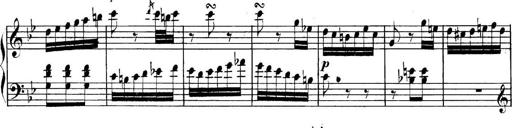
Title: Collected Piano Sonatas
Composer: Muzio Clementi